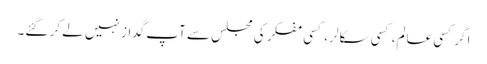
اگر کسی عالم، کسی سکالر ، کسی مفکر کی مجلس سے آپ گداز نہیں لے کر گئے۔